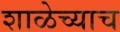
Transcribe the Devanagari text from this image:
शाळेच्याच